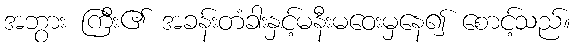
အဘွား ကြီး၏ အခန်းတံခါးနှင့်မနီးမဝေးမှနေ၍ စောင့်သည်။